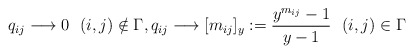
\begin{gather*} q_{ij} \longrightarrow 0 \ \ (i,j) \notin \Gamma,q_{ij} \longrightarrow [m_{ij}]_y := \frac{y^{m_{ij}}-1}{y-1} \ \ (i,j)\in \Gamma\end{gather*}